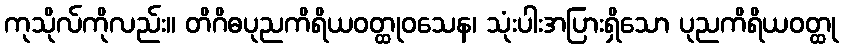
ကုသိုလ်ကိုလည်း။ တိဂိဓပုညကိရိယဝတ္ထုဝသေန၊ သုံးပါးအပြားရှိသော ပုညကိရိယဝတ္ထု